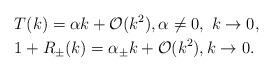
LaTeX: \begin{align*}& T(k) = \alpha k+\mathcal{O}(k^2), \alpha\neq0, \ k\rightarrow0,\\& 1+R_{\pm}(k) = \alpha_{\pm}k+\mathcal{O}(k^2), k\rightarrow0.\end{align*}